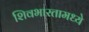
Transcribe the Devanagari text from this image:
शिवभारतामध्ये